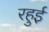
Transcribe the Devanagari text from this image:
रहुई